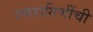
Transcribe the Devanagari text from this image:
रणरागिणींची